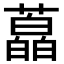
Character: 藠